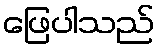
ဖြေပါသည်